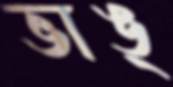
ভাঙ্